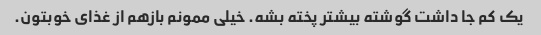
یک کم جا داشت گوشته بیشتر پخته بشه. خیلی ممونم بازهم از غذای خوبتون.